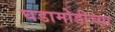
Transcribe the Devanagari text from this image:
घडामोडीच्या